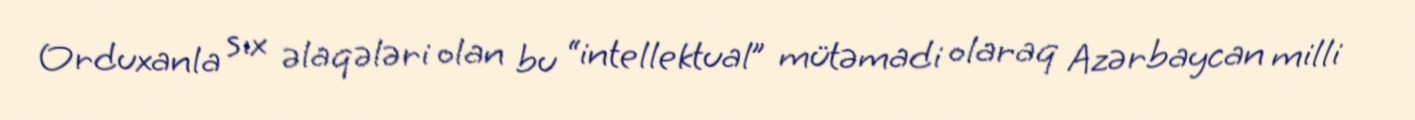
Orduxanla sıx əlaqələri olan bu “intellektual” mütəmadi olaraq Azərbaycan milli